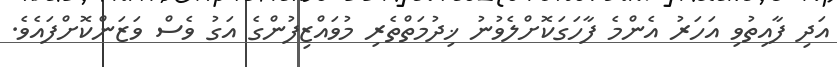
އަދި ފާއިތުވި އަހަރު އެންމެ ފާހަގަކޮށްލެވުނު ޚިދުމަތްތެރި މުވައްޒިފުންގެ އަގު ވެސް ވަޒަންކޮށްފައެވެ.